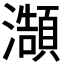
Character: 𭳥